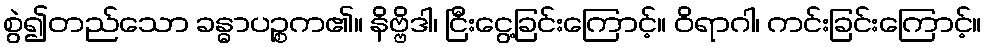
စွဲ၍တည်သော ခန္ဓာပဉ္စက၏။ နိဗ္ဗိဒါ၊ ငြီးငွေ့ခြင်းကြောင့်။ ဝိရာဂါ၊ ကင်းခြင်းကြောင့်။